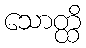
သောတ္ထိ